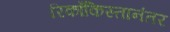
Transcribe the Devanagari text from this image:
रिकाँकिस्तानंतर